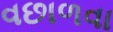
વછાળવા